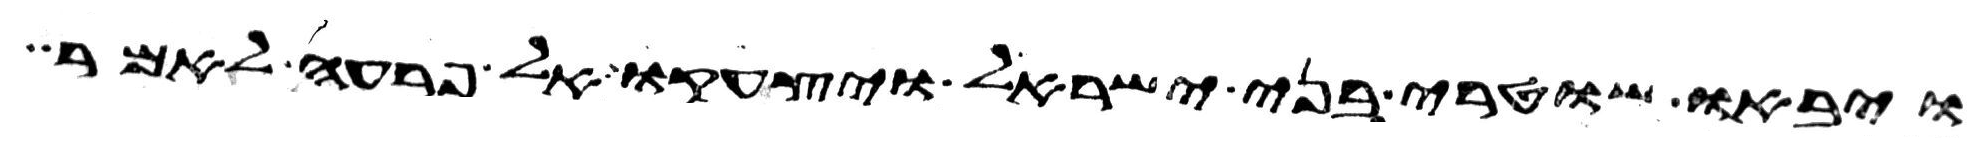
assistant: ויבאו שוטרי בני ישראל ויצעקו אל פרעה לאמר